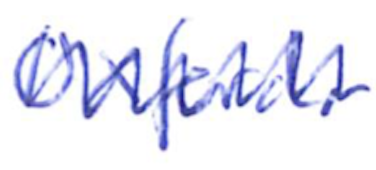
Text: Oxford.
Cross-out: zig-zag
Writing tool: ballpoint